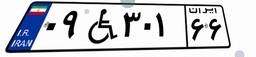
۰۹W۳۰۱۶۶